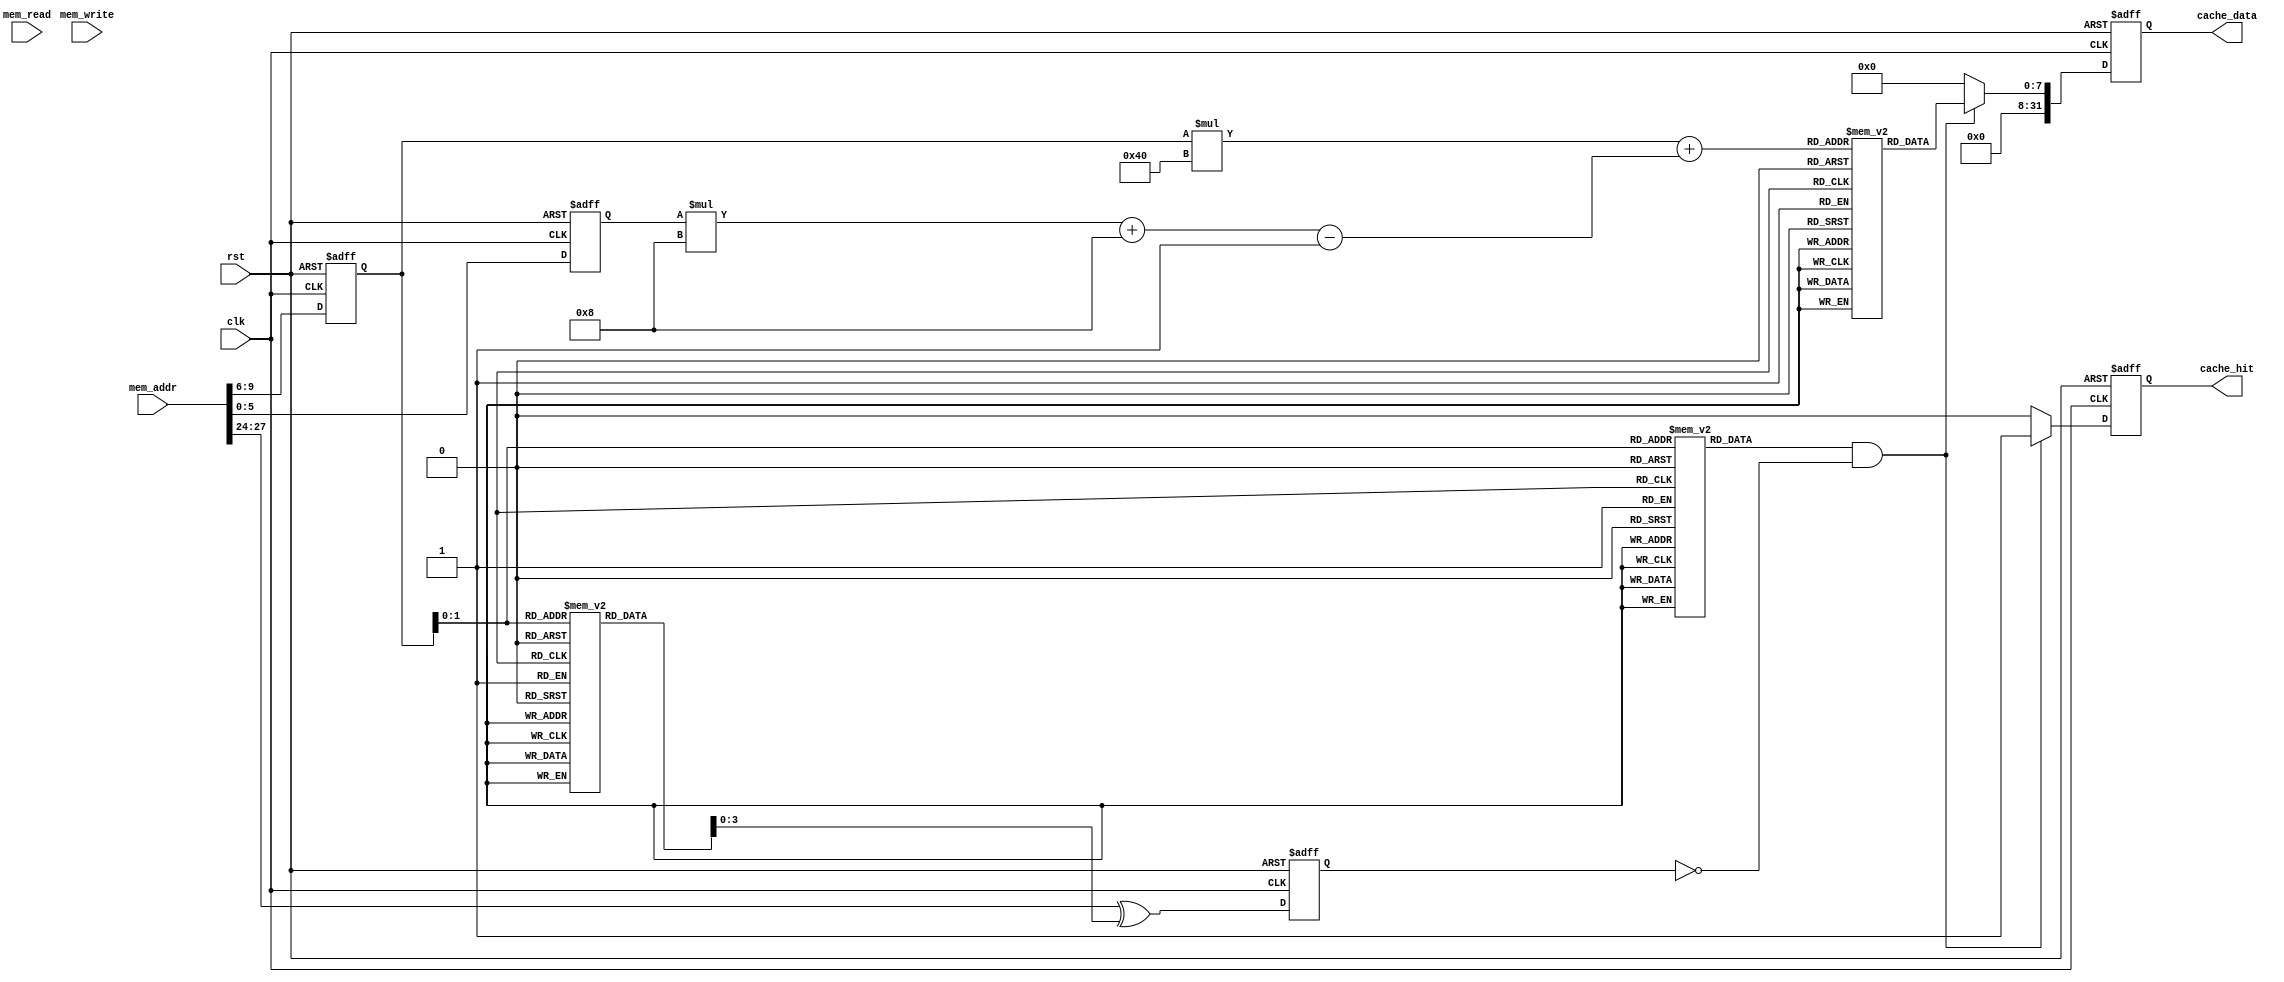
module CacheMemory (
    input wire clk,
    input wire rst,
    input wire [31:0] mem_addr,
    input wire mem_read,
    input wire mem_write,
    output wire cache_hit,
    output wire [31:0] cache_data
);

// Define parameters for cache memory
parameter CACHE_SIZE = 1024; // Total cache size in bytes
parameter BLOCK_SIZE = 64; // Block size in bytes
parameter LINE_SIZE = 4; // Number of lines in the cache
parameter TAG_SIZE = 8; // Number of bits for tag

// Define cache memory data structures
reg [7:0] cache_mem [0:LINE_SIZE-1][0:BLOCK_SIZE-1];
reg [31:0] tag [0:LINE_SIZE-1];
reg valid [0:LINE_SIZE-1];
reg [3:0] age [0:LINE_SIZE-1];

// Define internal signals
reg [3:0] cache_line_num;
reg [5:0] block_offset;
reg [3:0] tag_comp;
reg [31:0] cache_data_out;

// Cache memory operation logic
always @(posedge clk or posedge rst) begin
    if (rst) begin
        cache_line_num <= 0;
        block_offset <= 0;
        tag_comp <= 0;
        cache_hit <= 0;
        cache_data_out <= 0;
    end else begin
        // Determine cache line number based on memory address
        cache_line_num <= mem_addr[9:6];
        // Calculate block offset within cache line
        block_offset <= mem_addr[5:0];
        // Calculate tag comparison value
        tag_comp <= mem_addr[31:24] ^ tag[cache_line_num];
        
        if (valid[cache_line_num] && tag_comp == 0) begin
            // Cache hit, return data from cache
            cache_hit <= 1;
            cache_data_out <= cache_mem[cache_line_num][block_offset*8 +: 8];
        end else begin
            // Cache miss, fetch data from main memory
            cache_hit <= 0;
            cache_data_out <= 0; // Placeholder for now, will be updated with main memory data retrieval logic
        end
    end
end

// Output logic
assign cache_data = cache_data_out;

endmodule